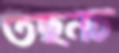
তছনচ